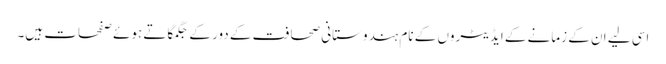
اسی لیے ان کے زمانے کے ایڈیٹروں کے نام ہندوستانی صحافت کے دور کے جگمگاتے ہوئے صفحات ہیں۔